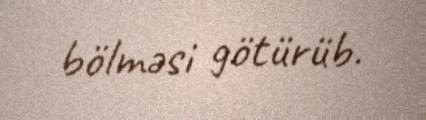
bölməsi götürüb.